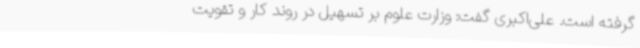
گرفته است. علی‌اکبری گفت: وزارت علوم بر تسهیل در روند کار و تقویت